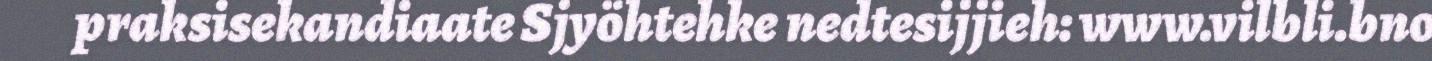
praksisekandiaate Sjyöhtehke nedtesijjieh: www.vilbli.bno